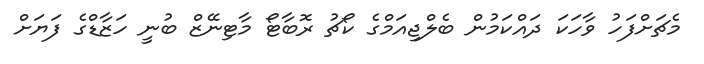
މެޗަށްފަހު ވާހަކަ ދައްކަމުން ބެލްޖިއަމްގެ ކޯޗު ރޮބާޓޯ މާޓިނޭޒް ބުނީ ހަޒާޑްގެ ފަޔަށް